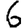
Digit: 6